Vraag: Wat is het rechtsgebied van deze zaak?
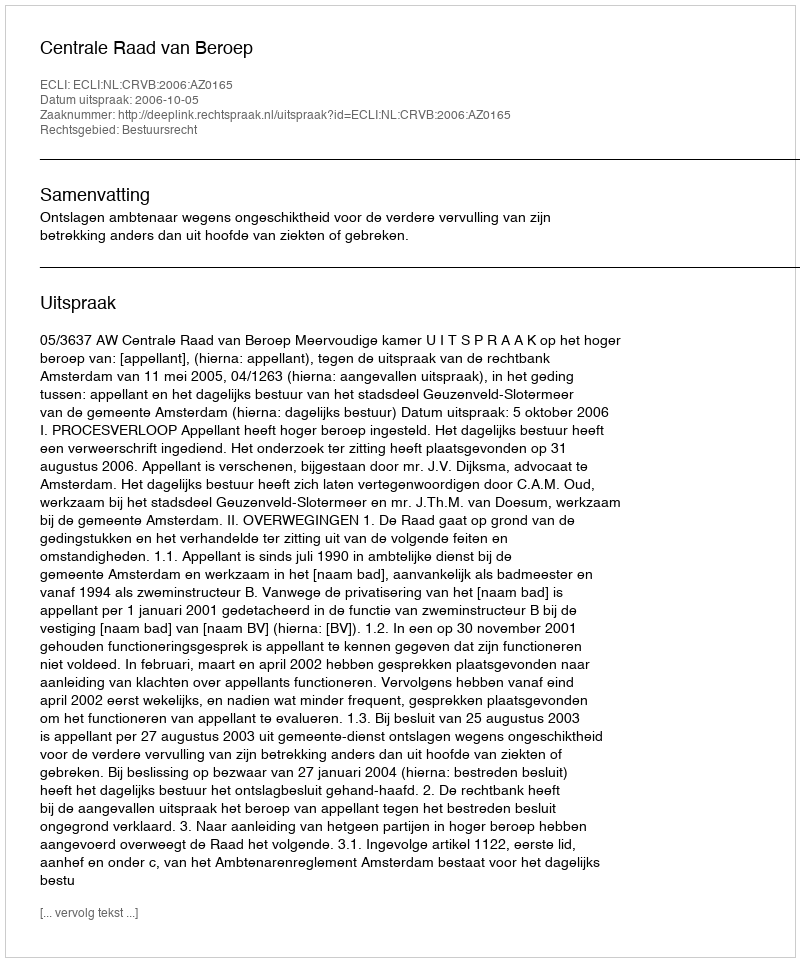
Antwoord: Bestuursrecht